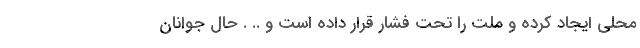
محلی ایجاد کرده و ملت را تحت فشار قرار داده است و .. . حال جوانان